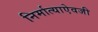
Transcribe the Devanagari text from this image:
निर्मात्याऐवजी